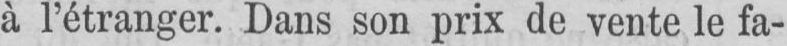
à l’étranger. Dans son prix de vente le fa-